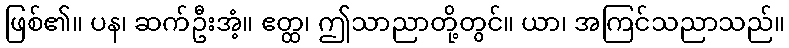
ဖြစ်၏။ ပန၊ ဆက်ဦးအံ့။ ဧတ္ထ၊ ဤသာညာတို့တွင်။ ယာ၊ အကြင်သညာသည်။